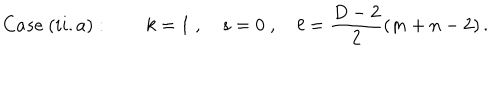
C a s e \ ( i i . a ) : \qquad k = 1 \; , \quad s = 0 \; , \quad \ell = \frac { D - 2 } { 2 } ( m + n - 2 ) \, .